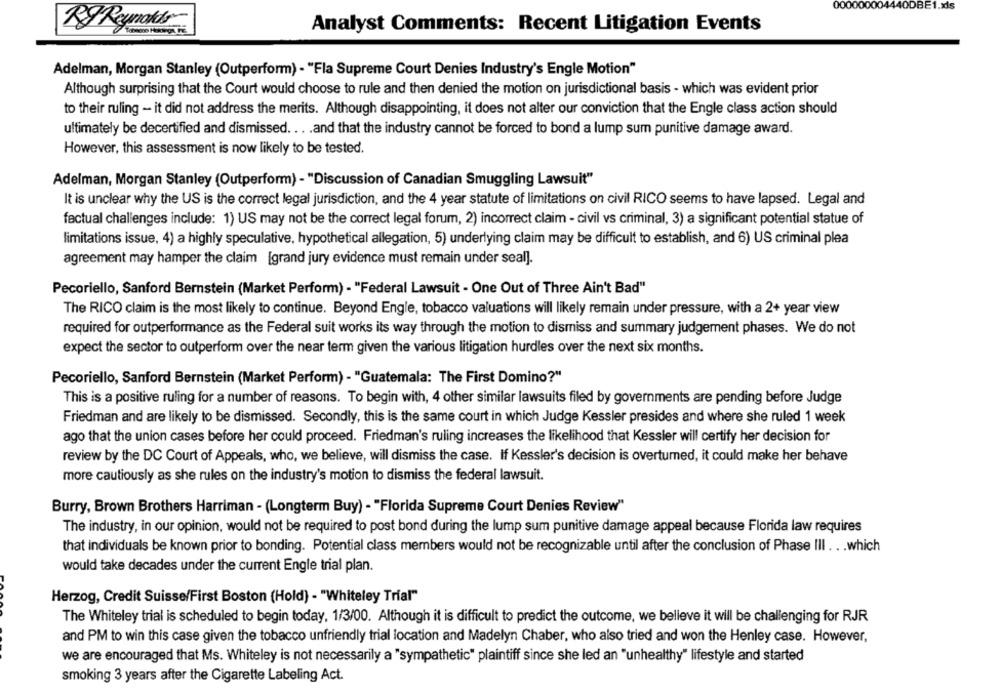
000000004440DBE1.xls
Analyst Comments: Recent Litigation Events
KyRyckas
Adelman, Morgan Stanley (Outperform) - "Fla Supreme Court Denies Industry's Engle Motion"
Although surprising that the Court would choose to rule and then denied the motion on jurisdictional basis - which was evident prior
to their ruling - it did not address the merits. Although disappointing, it does not alter our conviction that the Engle class action should
ultimately be decertified and dismissed ... . and that the industry cannot be forced to bond a lump sum punitive damage award.
However, this assessment is now likely to be tested.
Adelman, Morgan Stanley (Outperform) - "Discussion of Canadian Smuggling Lawsuit"
It is unclear why the US is the correct legal jurisdiction, and the 4 year statute of limitations on civil RICO seems to have lapsed. Legal and
factual challenges include: 1) US may not be the correct legal forum, 2) incorrect claim - civil vs criminal, 3) a significant potential statue of
limitations issue, 4) a highly speculative, hypothetical allegation, 5) underlying claim may be difficult to establish, and 6) US criminal plea
agreement may hamper the claim [grand jury evidence must remain under seal].
Pecoriello, Sanford Bernstein (Market Perform) - "Federal Lawsuit - One Out of Three Ain't Bad"
The RICO claim is the most likely to continue. Beyond Engle, tobacco valuations will likely remain under pressure, with a 2+ year view
required for outperformance as the Federal suit works its way through the motion to dismiss and summary judgement phases. We do not
expect the sector to outperform over the near term given the various litigation hurdles over the next six months.
Pecoriello, Sanford Bernstein (Market Perform) - "Guatemala: The First Domino?"
This is a positive ruling for a number of reasons. To begin with, 4 other similar lawsuits filed by governments are pending before Judge
Friedman and are likely to be dismissed. Secondly, this is the same court in which Judge Kessler presides and where she ruled 1 week
ago that the union cases before her could proceed. Friedman's ruling increases the likelihood that Kessler will certify her decision for
review by the DC Court of Appeals, who, we believe, will dismiss the case. If Kessler's decision is overturned, it could make her behave
more cautiously as she rules on the industry's motion to dismiss the federal lawsuit.
Burry, Brown Brothers Harriman - (Longterm Buy) - "Florida Supreme Court Denies Review"
The industry, in our opinion, would not be required to post bond during the lump sum punitive damage appeal because Florida law requires
that individuals be known prior to bonding. Potential class members would not be recognizable until after the conclusion of Phase III . . . which
would take decades under the current Engle trial plan.
Herzog, Credit Suisse/First Boston (Hold) - "Whiteley Trial"
The Whiteley trial is scheduled to begin today, 1/3/00. Although it is difficult to predict the outcome, we believe it will be challenging for RJR
and PM to win this case given the tobacco unfriendly trial location and Madelyn Chaber, who also tried and won the Henley case. However,
we are encouraged that Ms. Whiteley is not necessarily a "sympathetic" plaintiff since she led an "unhealthy" lifestyle and started
smoking 3 years after the Cigarette Labeling Act.